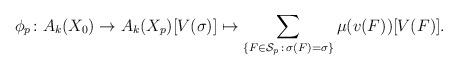
LaTeX: \begin{align*} \phi_p\colon A_k(X_0)\to A_k(X_p) [V(\sigma)]\mapsto \sum_{\{F\in\mathcal{S}_p\, :\, \sigma(F) = \sigma\}} \mu(v(F)) [V(F)].\end{align*}